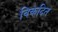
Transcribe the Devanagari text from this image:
विकदित